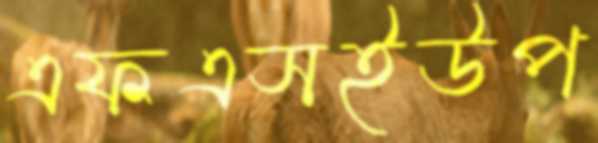
এফএসইউপ